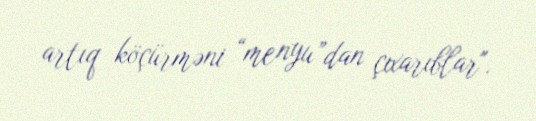
artıq köçürməni “menyu”dan çıxarıblar".